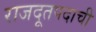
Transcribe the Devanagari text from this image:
राजदूतपदाची